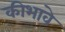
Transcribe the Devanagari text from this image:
कीभावे